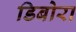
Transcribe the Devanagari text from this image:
डिबोरा